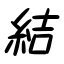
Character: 結